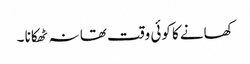
کھانے کا کوئی وقت تھا نہ ٹھکانا ۔